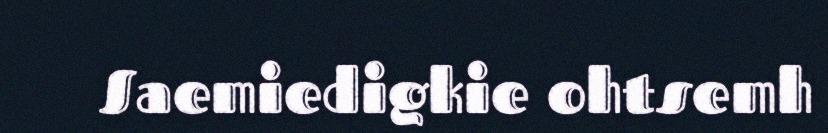
Saemiedigkie ohtsemh